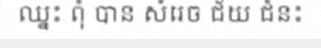
ឈ្នះ ពុំ បាន សំរេច ជ័យ ជំនះ